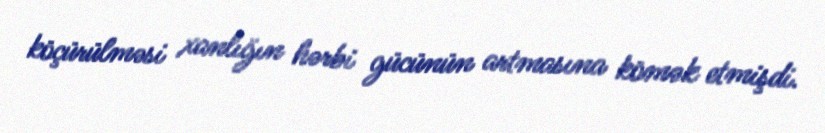
köçürülməsi xanlığın hərbi gücünün artmasına kömək etmişdi.